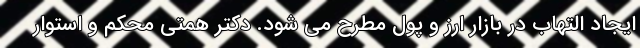
ایجاد التهاب در بازار ارز و پول مطرح می شود. دکتر همتی محکم و استوار